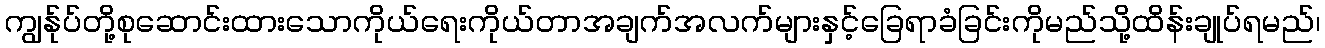
ကျွန်ုပ်တို့စုဆောင်းထားသောကိုယ်ရေးကိုယ်တာအချက်အလက်များနှင့်ခြေရာခံခြင်းကိုမည်သို့ထိန်းချုပ်ရမည်၊